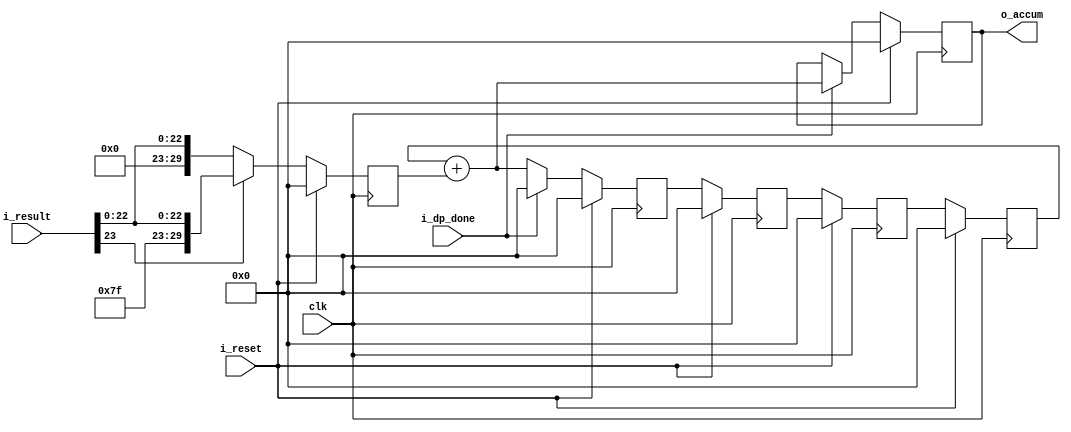
`define SIMULATION_MEMORY

module accumulator_24_30_4 (
	input clk,
	input i_reset,
	input [23:0] i_result,
	input i_dp_done,
	output [29:0] o_accum
);

reg [29:0] cir_shift_reg_0;
reg [29:0] cir_shift_reg_1;
reg [29:0] cir_shift_reg_2;
reg [29:0] cir_shift_reg_3;
reg [29:0] out_reg;
reg [29:0] in_reg;

always @ (posedge clk) begin
	if(i_reset == 1'b1) begin
		cir_shift_reg_0 <= 0;
		cir_shift_reg_1 <= 0;
		cir_shift_reg_2 <= 0;
		cir_shift_reg_3 <= 0;
		out_reg <= 0;
		in_reg <= 0;
	end else begin
		if (i_result[23] == 1'b0) begin
			in_reg <= {6'b000000, i_result};
		end else begin
			in_reg <= {6'b111111, i_result};
		end
		if(i_dp_done == 1'b1) begin
			out_reg <= (cir_shift_reg_0 + in_reg);
			cir_shift_reg_3 <= 0;
		end else begin
			cir_shift_reg_3 <= (cir_shift_reg_0 + in_reg);
		end
		cir_shift_reg_0 <= cir_shift_reg_1;
		cir_shift_reg_1 <= cir_shift_reg_2;
		cir_shift_reg_2 <= cir_shift_reg_3;
	end
end

assign o_accum = out_reg;

endmodule